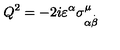
Q ^ { 2 } = - 2 i \varepsilon ^ { \alpha } \sigma _ { \alpha \stackrel { . } { \beta } } ^ { \mu } \,